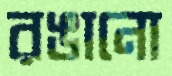
রঙানো